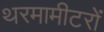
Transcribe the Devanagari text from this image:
थरमामीटरों